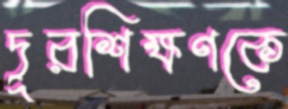
দূরশিক্ষণকে